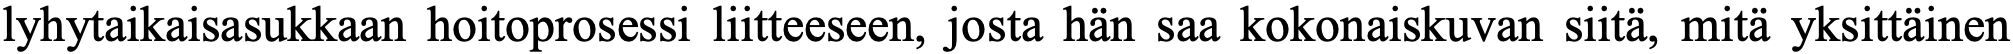
lyhytaikaisasukkaan hoitoprosessi liitteeseen, josta hän saa kokonaiskuvan siitä, mitä yksittäinen